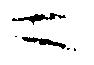
ニ